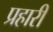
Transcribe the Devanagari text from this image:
प्रहारी